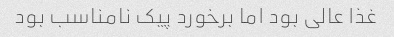
غذا عالی بود اما برخورد پیک نامناسب بود